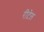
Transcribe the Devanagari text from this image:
रीटेल